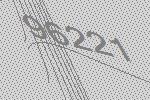
96221